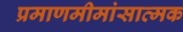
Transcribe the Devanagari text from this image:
प्रमाणमीमांसात्मक